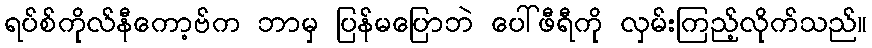
ရပ်စ်ကိုလ်နီကော့ဗ်က ဘာမှ ပြန်မပြောဘဲ ပေါ်ဖီရီကို လှမ်းကြည့်လိုက်သည်။